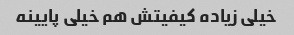
خیلی زیاده کیفیتش هم خیلی پایینه